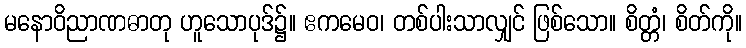
မနောဝိညာဏဓာတု ဟူသောပုဒ်၌။ ဧကမေဝ၊ တစ်ပါးသာလျှင် ဖြစ်သော။ စိတ္တံ၊ စိတ်ကို။